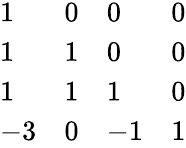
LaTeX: \begin{array}{llll}{{1}}&{{0}}&{{0}}&{{0}}\\ {{1}}&{{1}}&{{0}}&{{0}}\\ {{1}}&{{1}}&{{1}}&{{0}}\\ {{-3}}&{{0}}&{{-1}}&{{1}}\end{array}